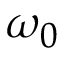
\omega _ { 0 }